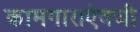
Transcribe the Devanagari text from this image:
कामगाराऐवजी